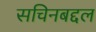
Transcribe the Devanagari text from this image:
सचिनबद्दल